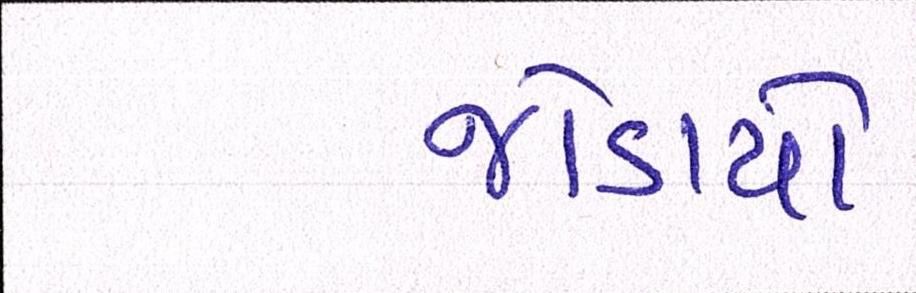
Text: જોડાયો